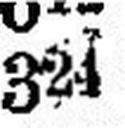
324